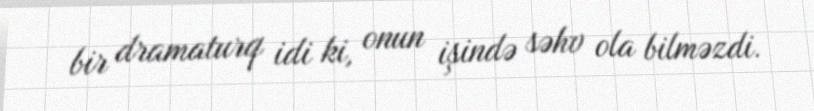
bir dramaturq idi ki, onun işində səhv ola bilməzdi.